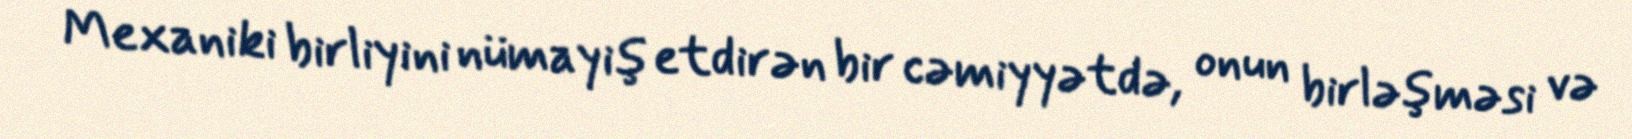
Mexaniki birliyini nümayiş etdirən bir cəmiyyətdə, onun birləşməsi və